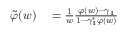
\begin{array} { r l } { \tilde { \varphi } ( w ) } & { { } = \frac { 1 } { w } \frac { \varphi ( w ) - \gamma _ { 1 } } { 1 - \gamma _ { 1 } ^ { * } \varphi ( w ) } } \end{array}